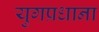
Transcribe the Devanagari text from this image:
युगप्रधाना